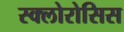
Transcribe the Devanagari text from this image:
स्क्लोरोसिस